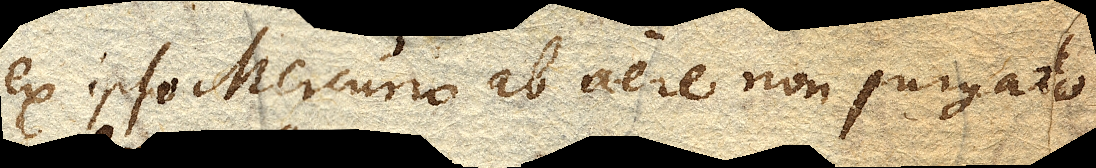
ex ipso Mercurio ab aere non purgato